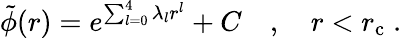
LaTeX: \tilde{\phi}(r)=e^{\sum_{l=0}^{4}\lambda_{l}r^{l}}+C\quad,\quad r<r_{\mathrm{c}}\; .